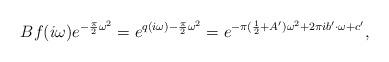
LaTeX: \begin{align*}Bf(i \omega) e^{-\frac{\pi}{2} \omega^2} = e^{q(i \omega) - \frac{\pi}{2} \omega^2} = e^{- \pi (\frac{1}{2} + A') \omega^2 + 2 \pi i b' \cdot \omega + c'},\end{align*}